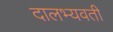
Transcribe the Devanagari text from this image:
दालभ्यवती